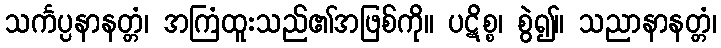
သင်္ကပ္ပနာနတ္တံ၊ အကြံထူးသည်၏အဖြစ်ကို။ ပဋိစ္စ၊ စွဲ၍။ သညာနာနတ္တံ၊